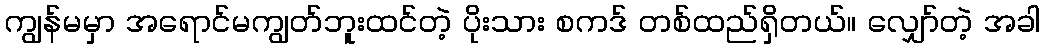
ကျွန်မမှာ အရောင်မကျွတ်ဘူးထင်တဲ့ ပိုးသား စကဒ် တစ်ထည်ရှိတယ်။ လျှော်တဲ့ အခါ